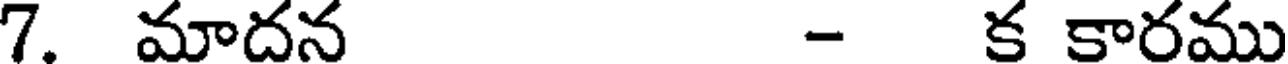
7. మాదన - క కారము